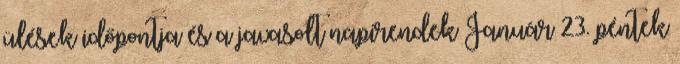
ülések időpontja és a javasolt napirendek Január 23. péntek